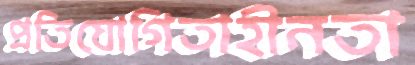
প্রতিযোগিতাহীনতা